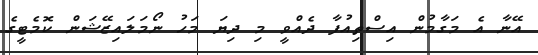
އޭނާ އެ މަގާމުން އިސްތިއުފާ ދެއްވީ މި ދިޔަ މަހު ނޯމަލައިޒޭޝަން ކޮމެޓީގެ